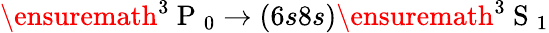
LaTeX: \ensuremath{{^3\mathrm{~P~}_{0}}}\rightarrow(6s8s)\ensuremath{{^3\mathrm{~S~}_{1}}}